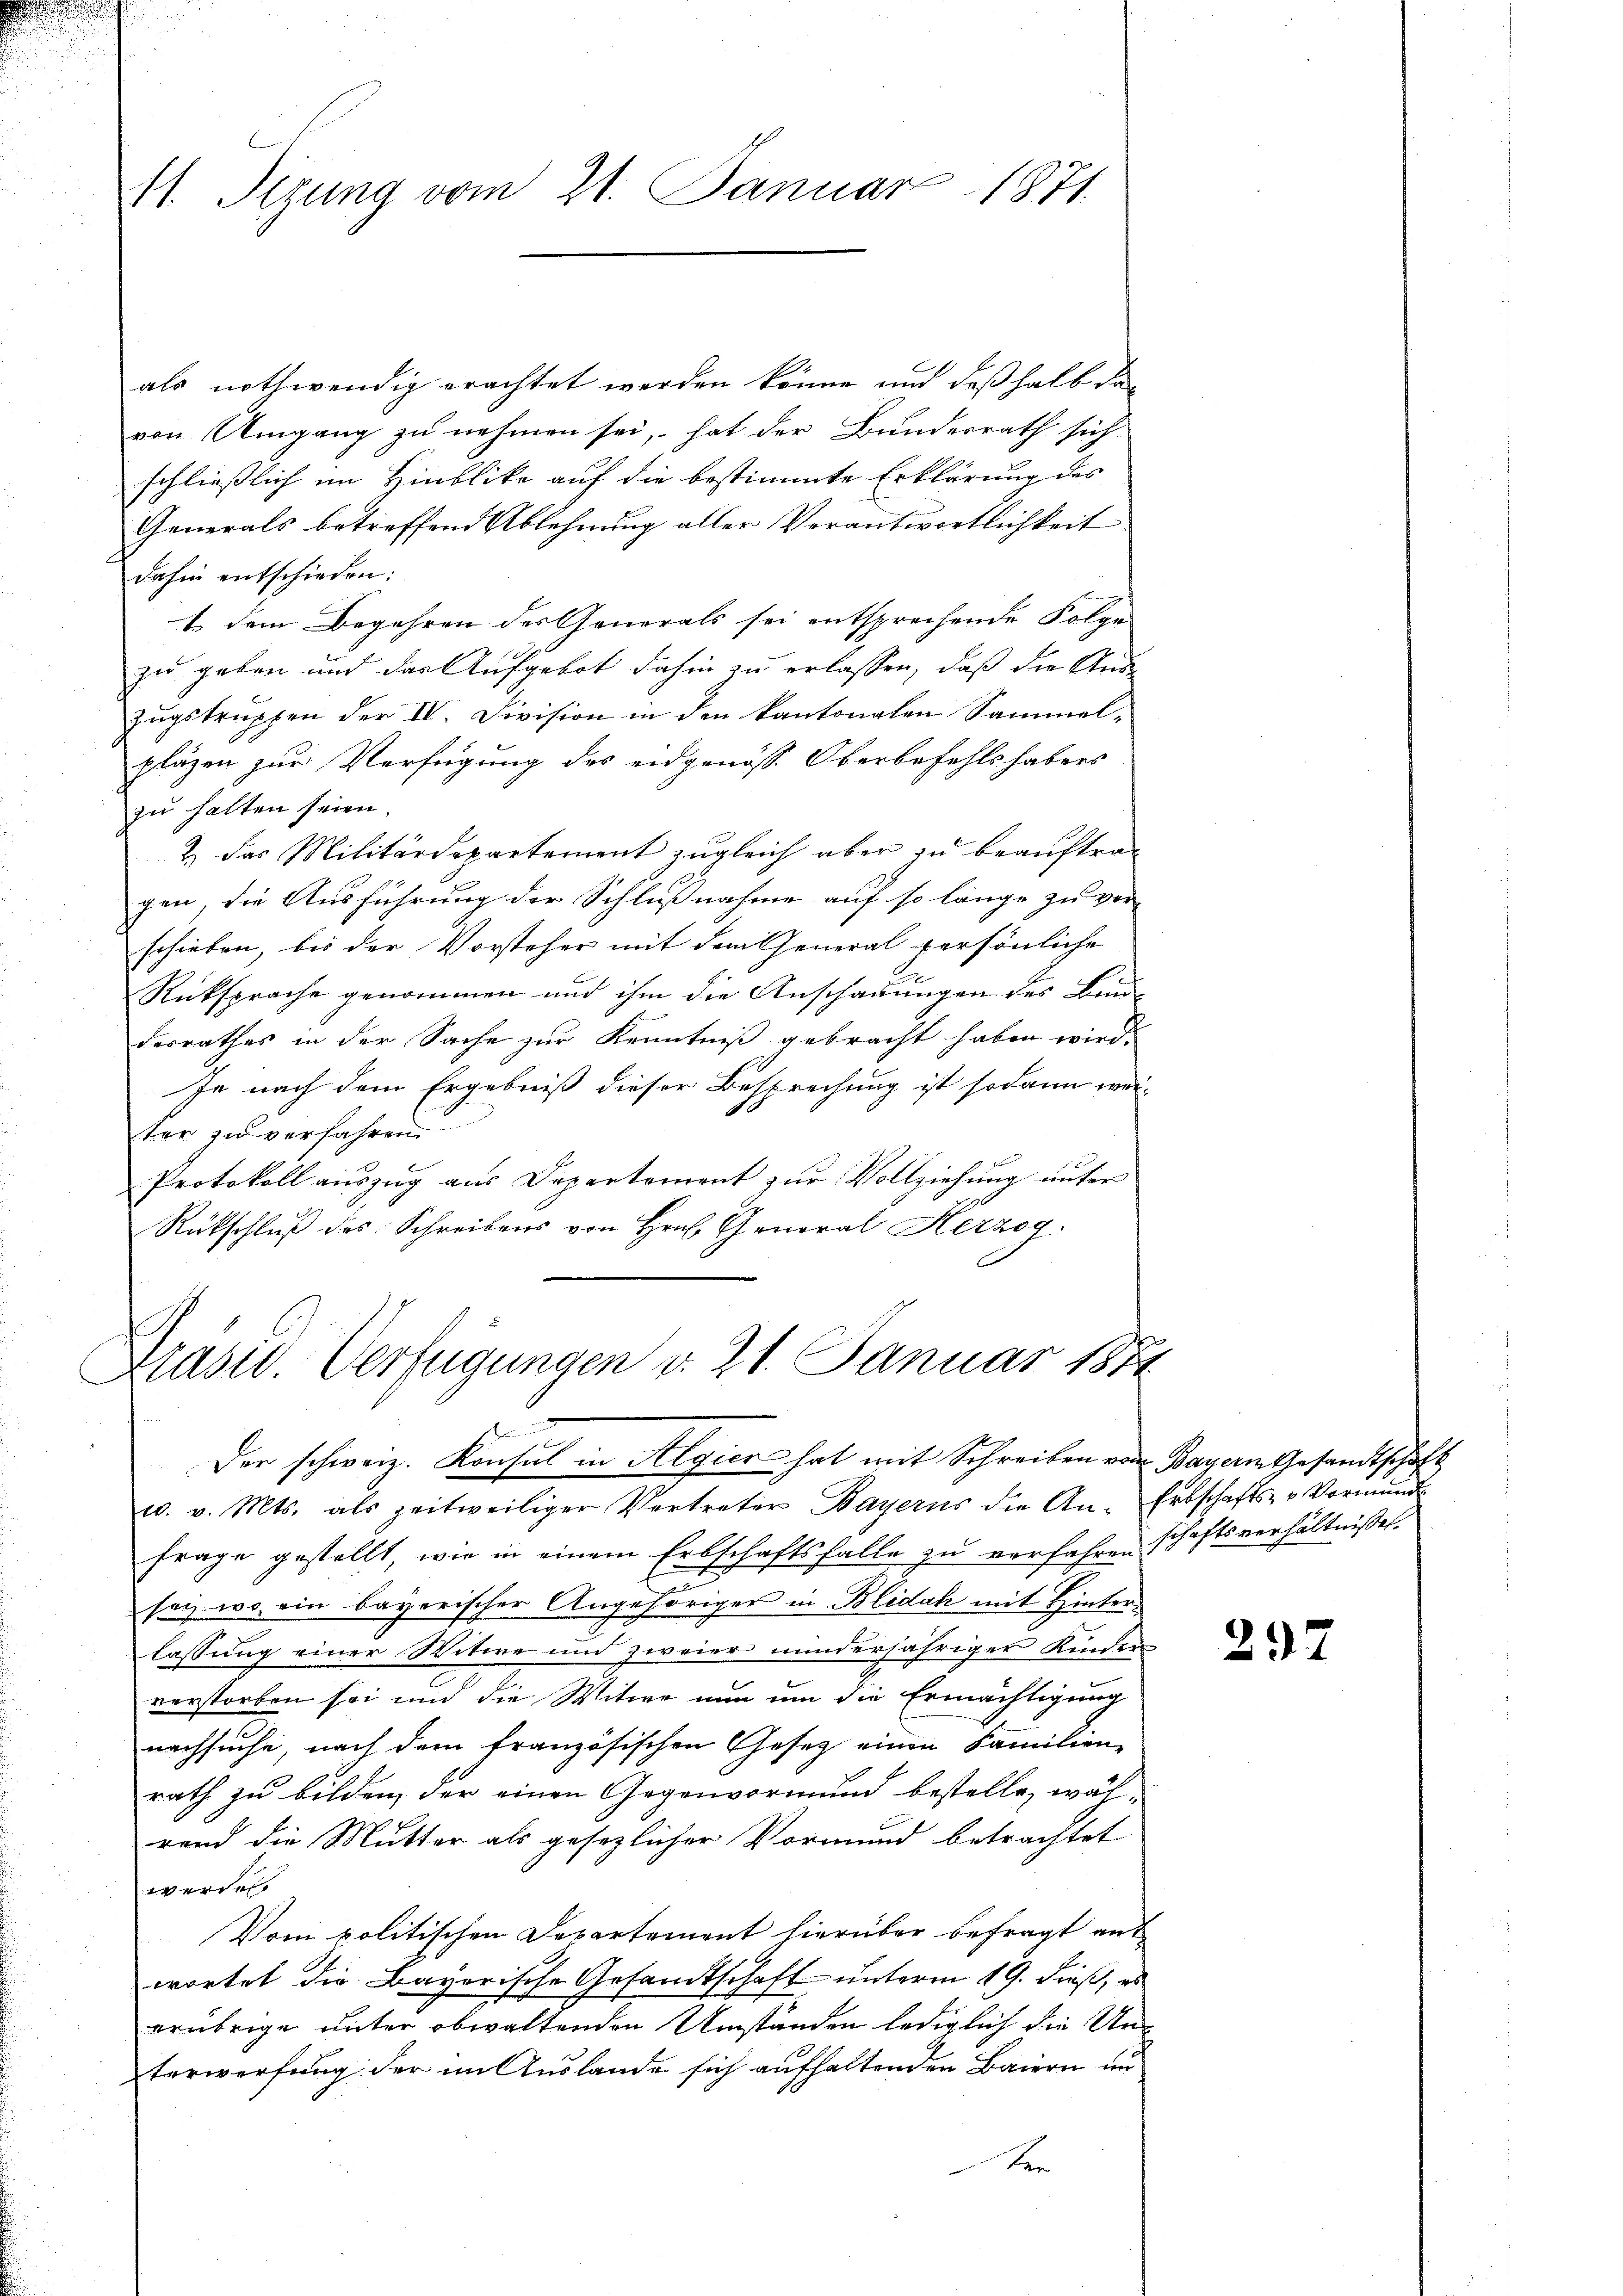
41. Sizung vom 21. Januar 1871.

als nothwendig erachtet werden könne und deßhalb das
von Umgang zu nehmen sei, hat der Bundesrath sich
schließlich im Hinblike auf die bestimmte Erklärung des
Generals betreffend Ablehnung aller Verantwortlichkeit |
dahin entschieden:
1. dem Begehren des Generals sei entsprechende Folge
zu geben und der Aufgebot dahin zu erlassen, daß die Aus-
Zugstruppen der IV. Division in den kantonalen Sammel-
pläzen zur Verfügung des eidgenöss. Oberbefehls habers
zu halten seien
& das Militärdepartement zugleich aber zu beauftragen, die Ausführung der Schlußnahme auf so länge zu ver-
schieben, bis der Vorsteher mit dem General persönliche
Rüksprache genommen und ihm die Anschauungen des Bau-
derrathes in der Sache zur Kenntniß gebracht haben wird.
je nach dem Ergebniß dieser Besprechung ist sodann wei-
ter zu verfahren
Protokoll auszug aus Departement zur Vollziehung unter
Rückschluß des Schreibens von Hrn. General Herzog.

Präsid. Verfügungen v. 21. Januar 1874
Der schweiz. Konsul in Algier hat mit Schreiben von Bayern Gesandtschaft

u. v. Mts. als zeitweiliger Vertreter Bayerns die An- Erbschafts- u Vormŭnde
frage gestellt, wie in einem Erbschaftsfalle zŭ verfahren schaftsverhältnisset.
n
sey, wo ein bayerischer Angehöriger in Blidal mit Hinterlassung einer Witwe und zweier minderjähriger Kinden
verstorben sei und die Witwe nun um die Ermächtigung
nachsuche, nach dem französischen Gesetz einen Familien-
rath zu bilden, der einen Gegenvormund bestelle, während die Mutter als gesezlicher Vormund betrachtet
werden.
Vom politischen Departement hierüber befragt ant
wortet die Bayerische Gesandtschaft unterm 19. dieß, es
erübrige unter obwaltenden Umständen lediglich die Unterwerfung der im Auslande sich aufhaltenden Baiern un
Ber

297